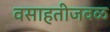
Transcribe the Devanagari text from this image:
वसाहतीजवळ